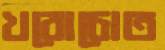
খরোচোত